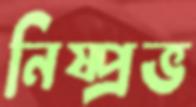
নিষ্প্রভ